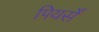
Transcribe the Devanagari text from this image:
पियर्सें